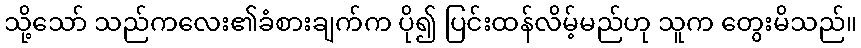
သို့သော် သည်ကလေး၏ခံစားချက်က ပို၍ ပြင်းထန်လိမ့်မည်ဟု သူက တွေးမိသည်။